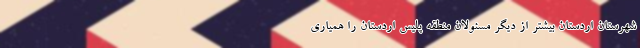
شهرستان اردستان بیشتر از دیگر مسئولان منطقه پلیس اردستان را همیاری